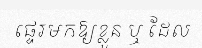
ផ្ទេរមកឱ្យខ្លួន ឬ ដែល